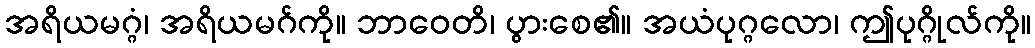
အရိယမဂ္ဂံ၊ အရိယမဂ်ကို။ ဘာဝေတိ၊ ပွားစေ၏။ အယံပုဂ္ဂလော၊ ဤပုဂ္ဂိုလ်ကို။